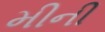
મીની